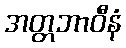
အတ္တဘာဝီနံ